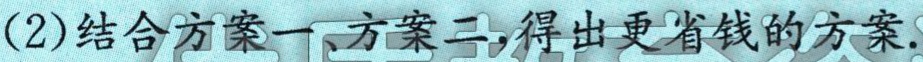
(2)结合方案一、方案二,得出更省钱的方案.